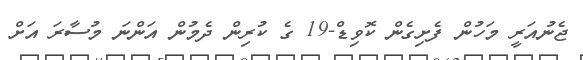
ޖެނުއަރީ މަހުން ފެށިގެން ކޮވިޑް-19 ގެ ކުރިން ދެމުން އަންނަ މުސާރަ އަށް